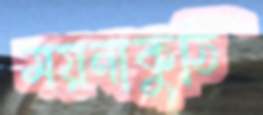
ময়নাকুঠি